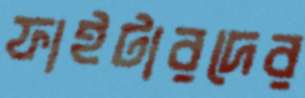
ফাইটারদের